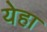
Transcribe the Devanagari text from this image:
येहा